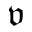
\mathfrak { v }